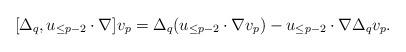
LaTeX: \begin{align*} [\Delta_q, u_{\leq{p-2}}\cdot\nabla]v_p=\Delta_q(u_{\leq{p-2}}\cdot\nabla v_p)-u_{\leq{p-2}}\cdot\nabla \Delta_qv_p.\end{align*}